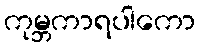
ကုမ္ဘကာရပါကော